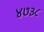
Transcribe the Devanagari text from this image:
४७३८